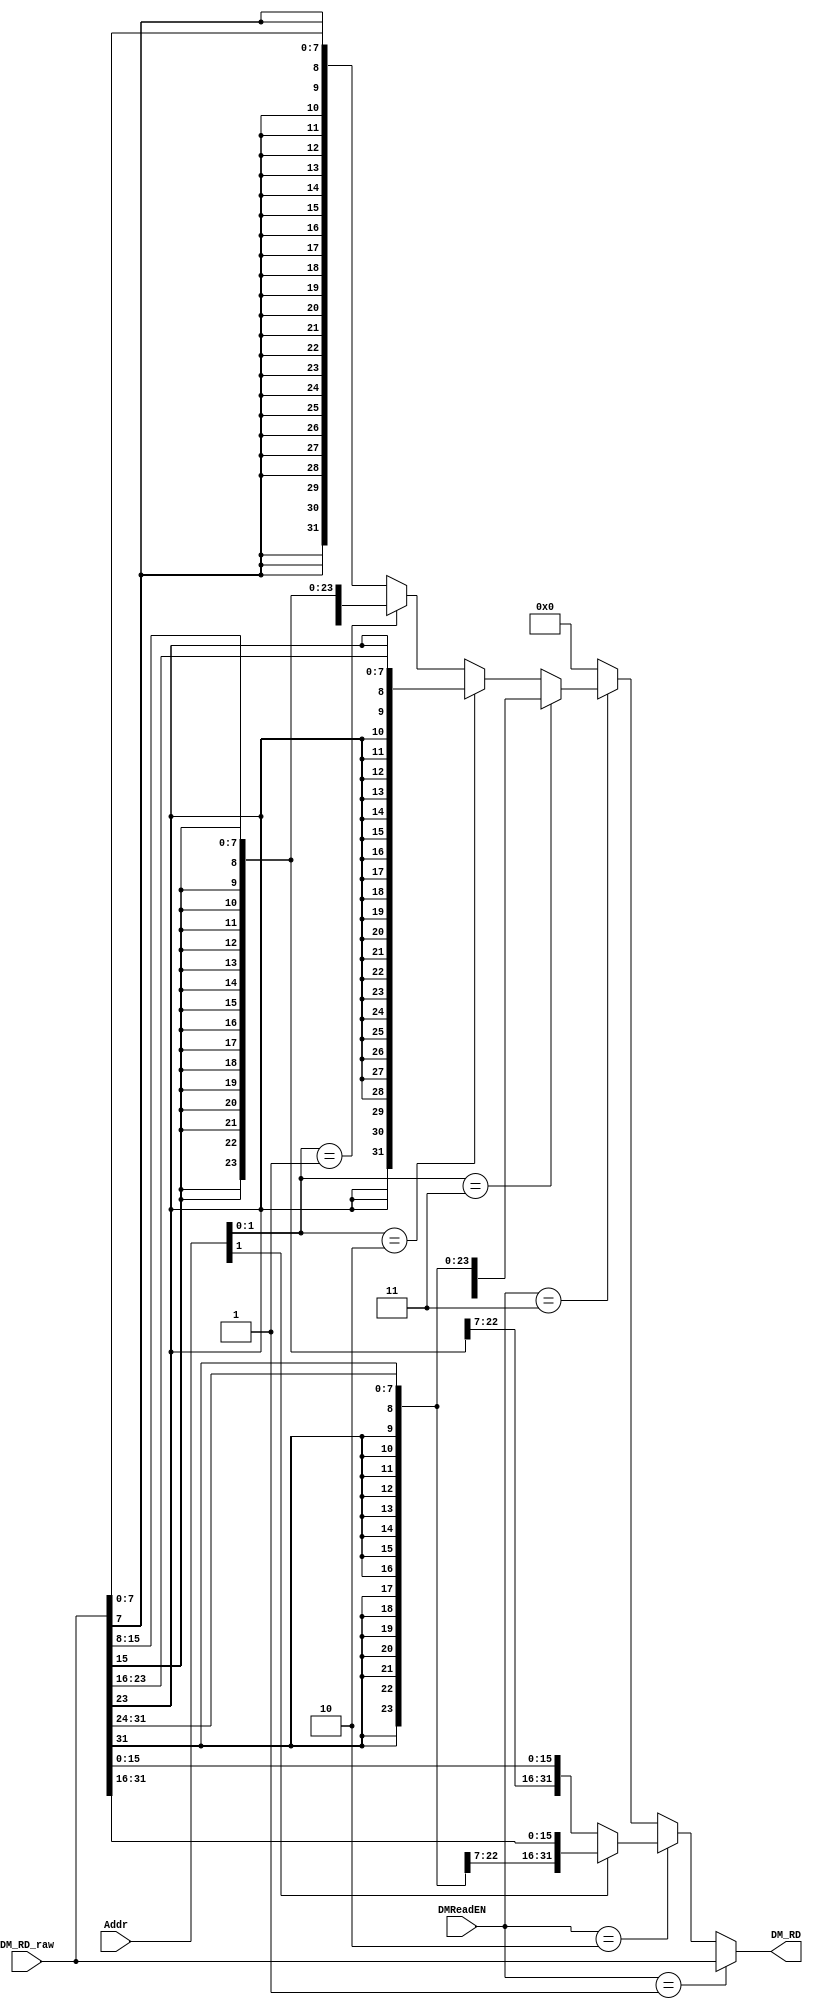
`timescale 1ns / 1ps
`define DM_lw 3'b001
`define DM_lh 3'b010
`define DM_lb 3'b011

module M_DM_EXT(
    input [31:0] Addr,
    input [31:0] DM_RD_raw,
    input [2:0] DMReadEN,
    output [31:0] DM_RD
);
    reg [31:0] temp;
    always @(*) begin
        if (DMReadEN == `DM_lw)    temp = DM_RD_raw;
        
        else if (DMReadEN == `DM_lh) begin
            if (Addr[1] == 1'b1)    temp = {{16{DM_RD_raw[31]}}, DM_RD_raw[31:16]};
            else                    temp = {{16{DM_RD_raw[15]}}, DM_RD_raw[15:0]};
        end
        
        else if (DMReadEN == `DM_lb) begin
            if (Addr[1:0] == 2'b11)         temp = {{24{DM_RD_raw[31]}}, DM_RD_raw[31:24]};
            else if (Addr[1:0] == 2'b10)    temp = {{24{DM_RD_raw[23]}}, DM_RD_raw[23:16]};
            else if (Addr[1:0] == 2'b01)    temp = {{24{DM_RD_raw[15]}}, DM_RD_raw[15:8]};
            else                            temp = {{24{DM_RD_raw[7]}}, DM_RD_raw[7:0]};
        end
        
        else   temp = 32'b0;
    end

    assign DM_RD = temp;

endmodule //DM_EXT